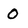
Character: O